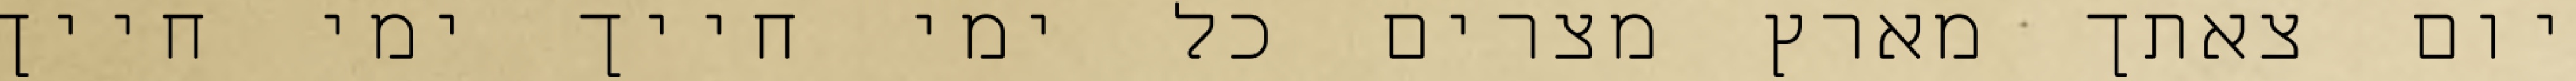
יום צאתך מארץ מצרים כל ימי חייך ימי חייך